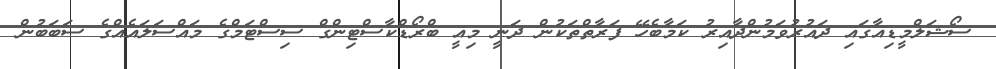
ސޯޝަލްމީޑިއާގައި ދައުރުވަމުންދާއިރު ކަމާބެހޭ ފަރާތްތަކުން ދަނީ މިއީ ބްރޯޑްކާސްޓިންގް ސިސްޓަމްގެ މައްސަލައެއްގެ ސަބަބުން